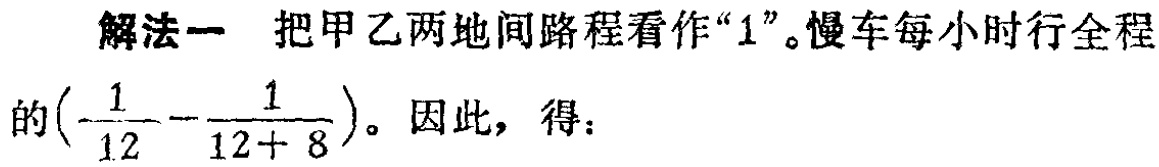
解法一 把甲乙两地间路程看作“$1$”。慢车每小时行全程

的$(\frac{1}{12}-\frac{1}{12 + 8})$。因此，得：